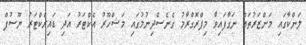
ލަންކާގައި މަންޒަރުތައް ނަގާފައިވާ މިޕްރޮގްރާމު ގެނެސްދިނުމުގައި މަޝްހޫރު އެކްޓަރު އަދި ޑައިރެކްޓަރު ޔޫސުފް